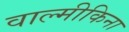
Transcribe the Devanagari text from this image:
वाल्मीकिना